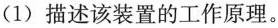
(1)描述该装置的工作原理。